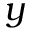
y